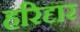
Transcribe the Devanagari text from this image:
हरिदृार